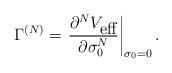
LaTeX: \begin{align*}\Gamma^{(N)}=\left.\frac{\partial^{N}V_{\mbox{eff}}}{\partial\sigma_{0}^{N}}\right|_{\sigma_{0}=0}.\end{align*}